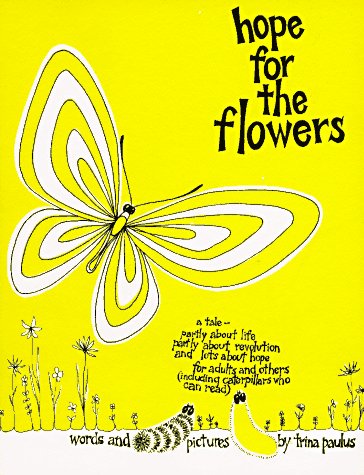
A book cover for Hope for the Flowers; Trina Paulus; Religion & Spirituality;